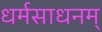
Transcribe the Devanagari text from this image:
धर्मसाधनम्